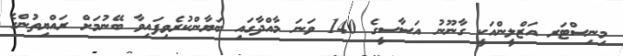
މިނިސްޓަރ އަޒްލީންއަކީ ގާނޫނު އަސާސީގެ 140 ވަނަ މާއްދާގައި ބަޔާންކުރެވިފައިވާ ބޭނުމަށް ރައްޔިތުންގެ